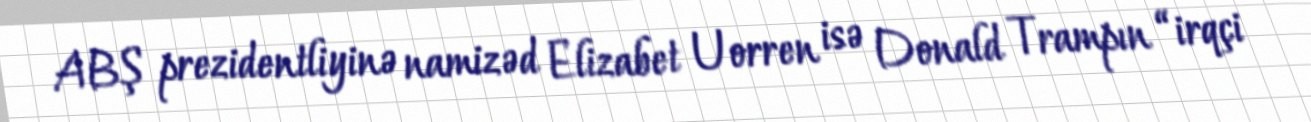
ABŞ prezidentliyinə namizəd Elizabet Uorren isə Donald Trampın “irqçi